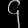
Digit: ၄